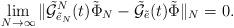
LaTeX: \begin{align*}\lim\limits_{N\rightarrow \infty} \|\tilde{\mathcal{G}}_{\tilde{e}_N}^N(t)\tilde\Phi_N-\tilde{\mathcal{G}}_{\tilde{e}}(t)\tilde\Phi\|_N=0.\end{align*}